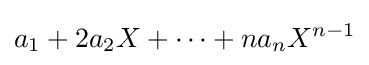
a_{1}+2a_{2}X+\cdots +na_{n}X^{n-1}